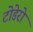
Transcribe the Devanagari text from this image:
टोडेरो